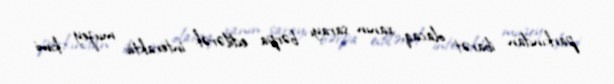
parkından ibarət olacaq, xanın sarayı bərpa edilərək interaktiv muzey kimi